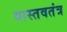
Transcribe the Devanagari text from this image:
वास्तवतंत्र